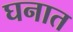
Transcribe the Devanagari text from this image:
घनात